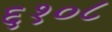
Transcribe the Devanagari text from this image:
६१०८